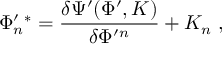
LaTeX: \Phi _ { n } ^ { \prime } { } ^ { * } = \frac { \delta \Psi ^ { \prime } ( \Phi ^ { \prime } , K ) } { \delta \Phi ^ { \prime } { } ^ { n } } + K _ { n } \; ,